DOW-UAP-D23, Mission Report, United Arab Emirates, October 2023
Agency: Department of War
Incident date: 10/31/23
Incident location: Persian Gulf
Page 6
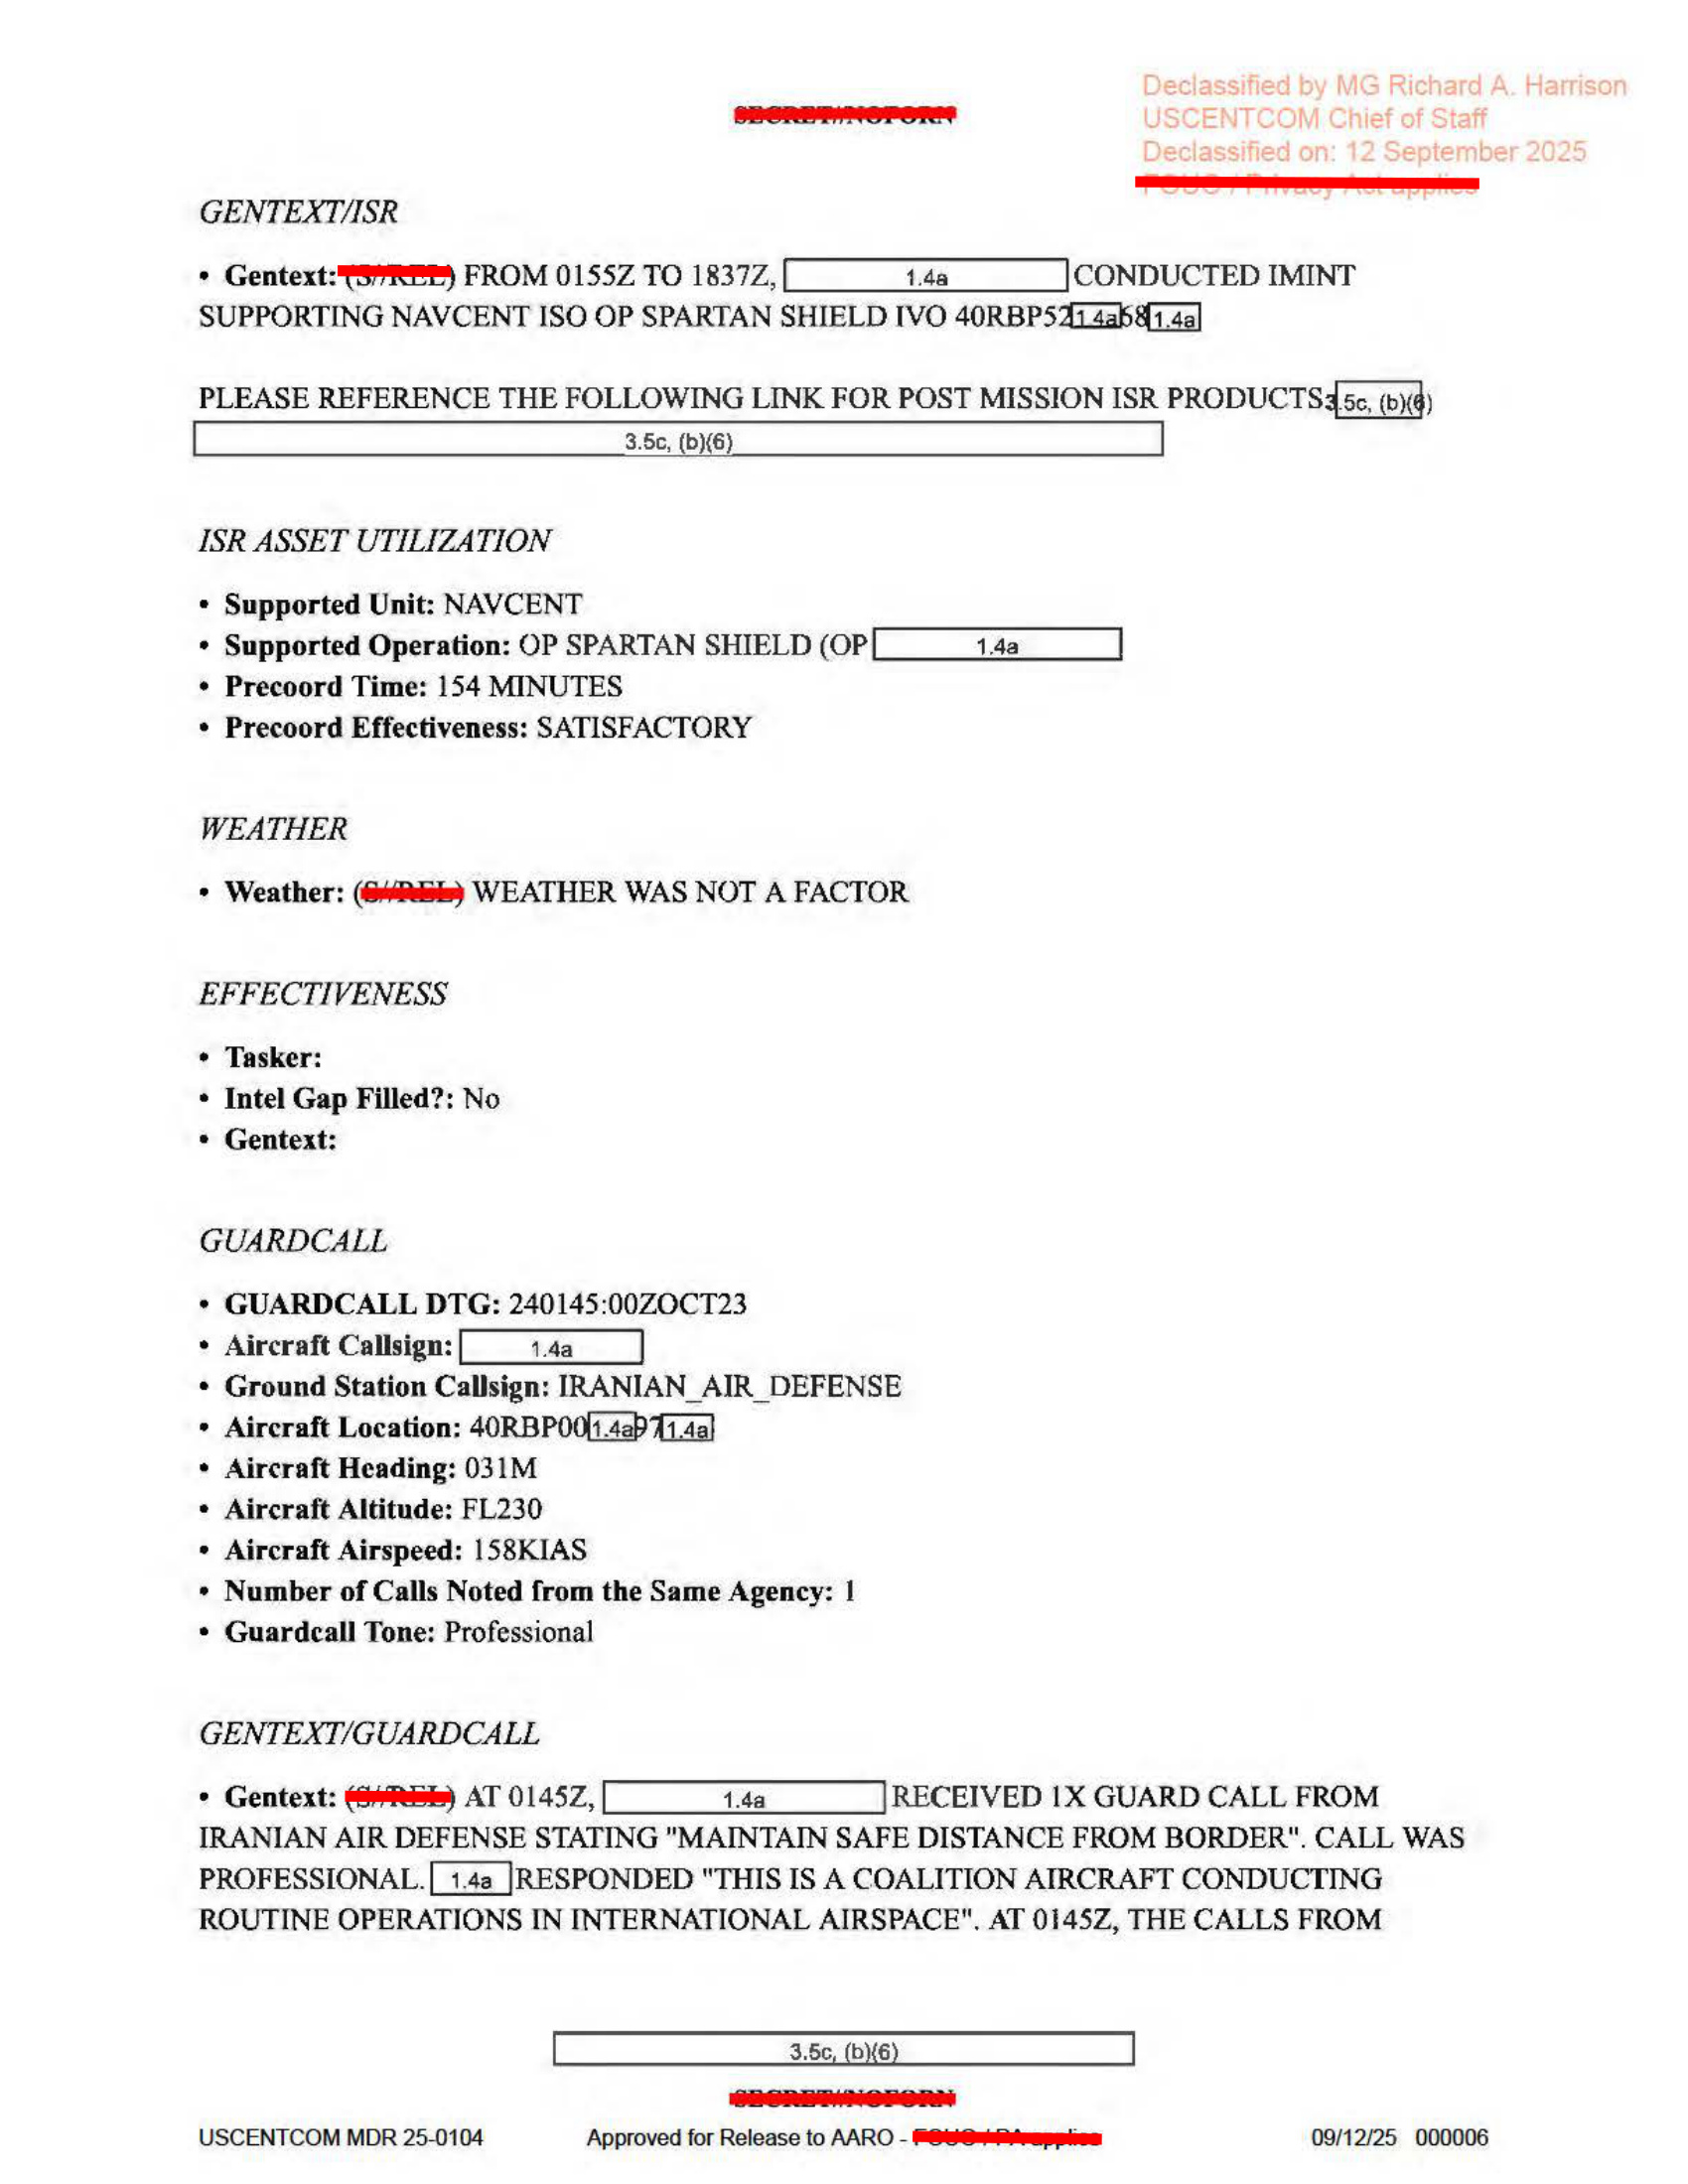